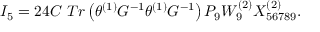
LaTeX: I _ { 5 } = 2 4 C \, \, T r \left( \theta ^ { \left( 1 \right) } G ^ { - 1 } \theta ^ { \left( 1 \right) } G ^ { - 1 } \right) P _ { 9 } W _ { 9 } ^ { \left( 2 \right) } X _ { 5 6 7 8 9 } ^ { \left( 2 \right) } . \nonumber